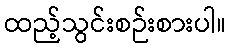
ထည့်သွင်းစဉ်းစားပါ။